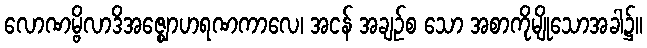
လောဏမ္ဗိလာဒိအဇ္ဈောဟရဏကာလေ၊ အငန် အချဉ်စ သော အစာကိုမျိုသောအခါ၌။